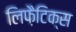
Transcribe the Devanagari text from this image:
लिफ़ैटिक्स